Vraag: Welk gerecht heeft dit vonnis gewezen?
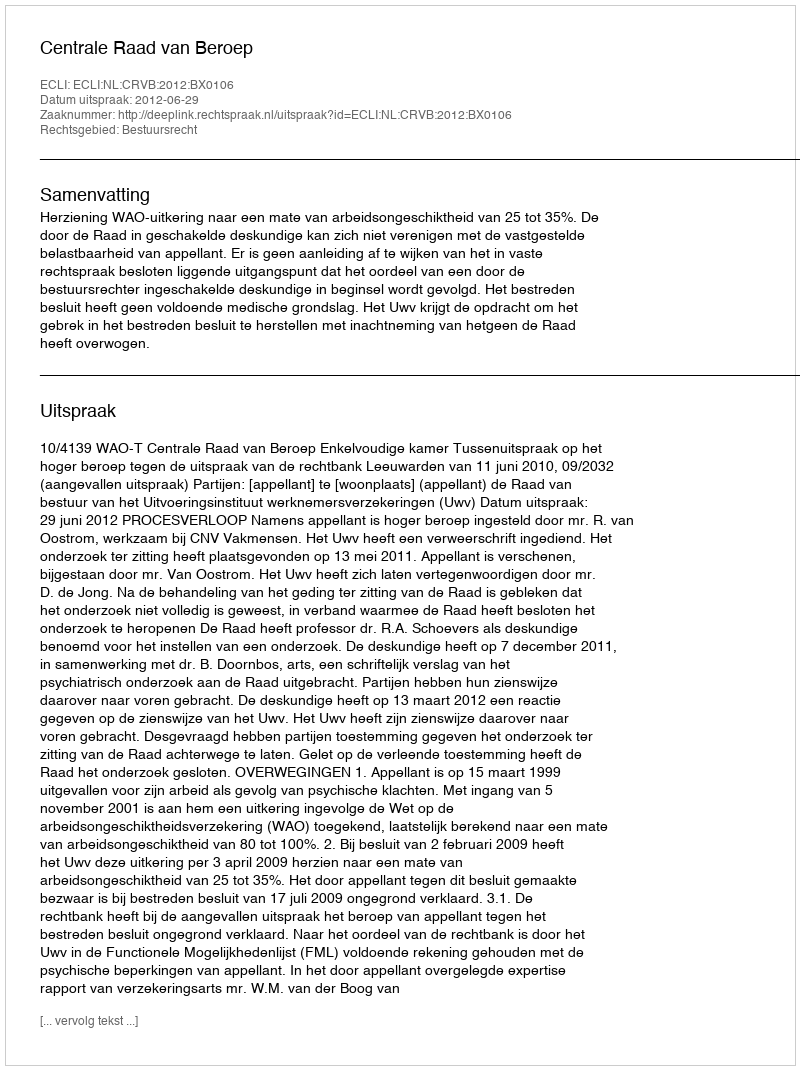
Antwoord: Centrale Raad van Beroep